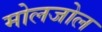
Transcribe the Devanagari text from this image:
मोलजोल